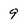
Character: 9